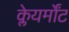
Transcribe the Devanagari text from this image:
क्लेयर्मोंट